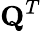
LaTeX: \textbf{Q}^{T}